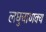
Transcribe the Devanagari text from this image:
लघुचाणक्य